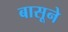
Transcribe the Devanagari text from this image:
बासूने